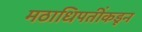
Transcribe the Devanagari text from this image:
मठाधिपतींकडून